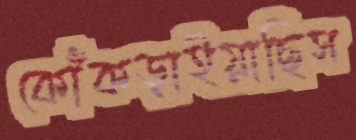
কোঁকড়াইয়াছিস